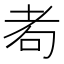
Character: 耇